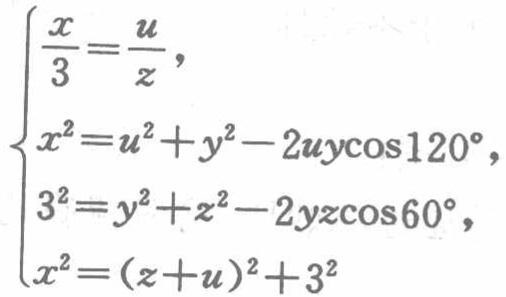
\[\begin{cases}

\frac{x}{3}=\frac{u}{z},\\

x^{2}=u^{2}+y^{2}-2uy\cos120^{\circ},\\

3^{2}=y^{2}+z^{2}-2yz\cos60^{\circ},\\

x^{2}=(z + u)^{2}+3^{2}

\end{cases}\]